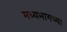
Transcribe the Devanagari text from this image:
मध्‍यभागच्या